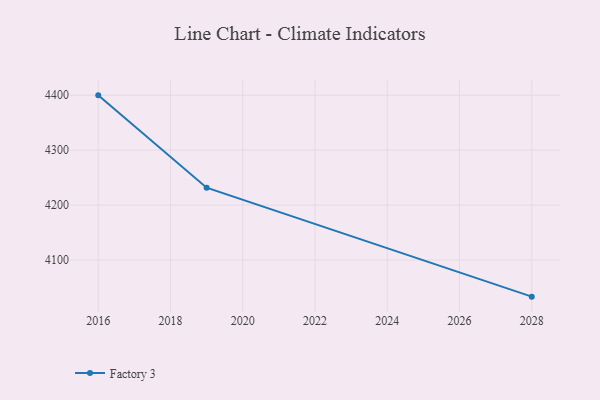
{"axis": {"x": "Year", "y": "Operating Costs (USD K)"}, "legend": ["Factory 3"], "data": [{"x": "2028", "y": 4033.4, "type": "Factory 3"}, {"x": "2019", "y": 4231.6, "type": "Factory 3"}, {"x": "2016", "y": 4399.7, "type": "Factory 3"}]}